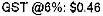
GST @6%: $0.46